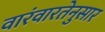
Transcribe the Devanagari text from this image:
वारंवारतेनुसार